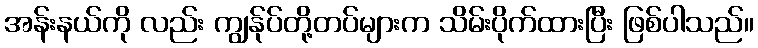
အန်းနယ်ကို လည်း ကျွန်ုပ်တို့တပ်များက သိမ်းပိုက်ထားပြီး ဖြစ်ပါသည်။